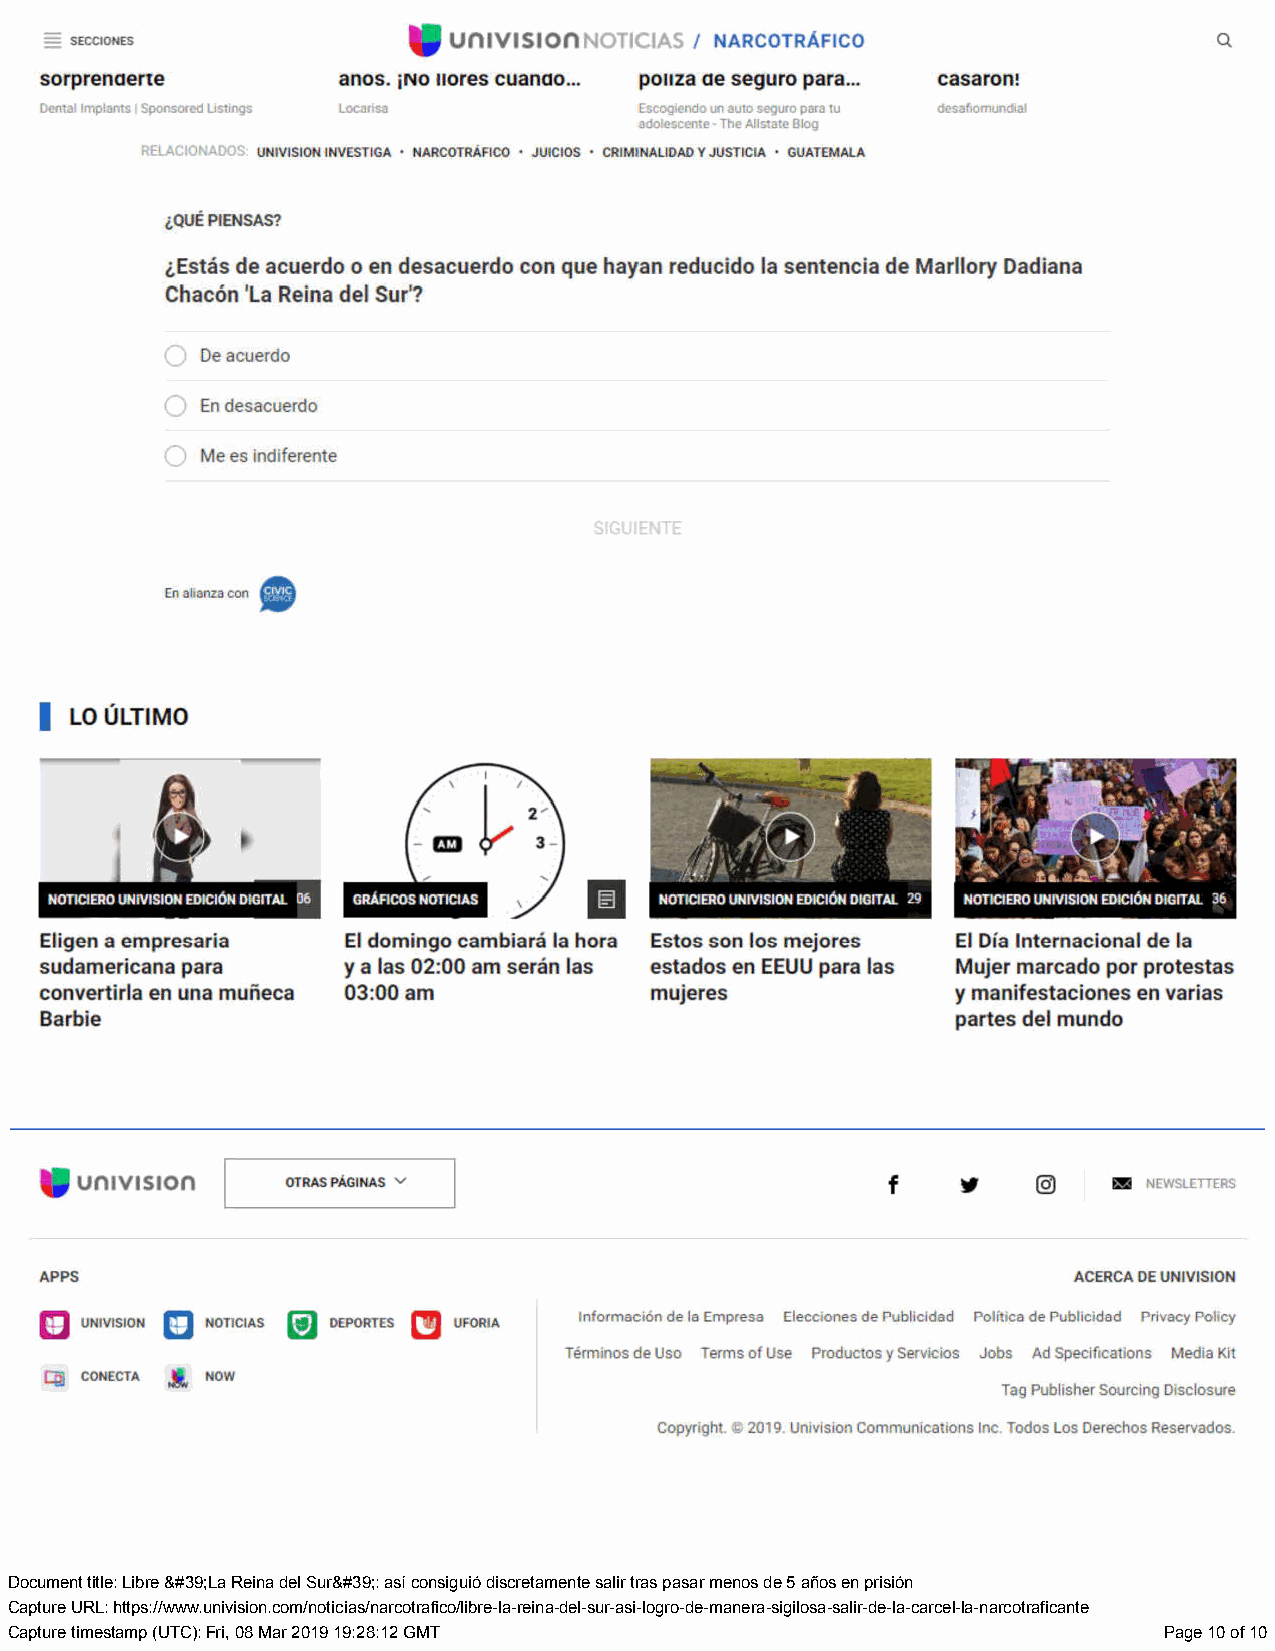
Document title: Libre &#39;La Reina del Sur&#39;: así consiguió discretamente salir tras pasar menos de 5 años en prisión
 Capture URL: https://www.univision.com/noticias/narcotrafico/libre-la-reina-del-sur-asi-logro-de-manera-sigilosa-salir-de-la-carcel-la-narcotraficante
 Capture timestamp (UTC): Fri, 08 Mar 2019 19:28:12 GMT                       Page 10 of 10